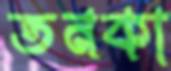
তনকা